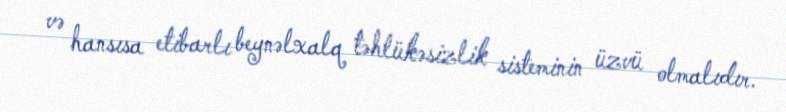
və hansısa etibarlı beynəlxalq təhlükəsizlik sisteminin üzvü olmalıdır.